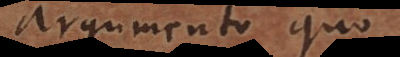
argumento quo